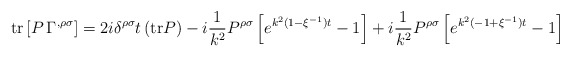
\begin{align*}{\rm tr}\left[ P\,\Gamma ^{,\rho \sigma }\right] =2i\delta ^{\rho \sigma}t\,({\rm tr}P)-i\frac{1}{k^{2}}P^{\rho \sigma }\left[ e^{k^{2}(1-\xi^{-1})t}-1\right] +i\frac{1}{k^{2}}P^{\rho \sigma }\left[ e^{k^{2}(-1+\xi^{-1})t}-1\right]\end{align*}